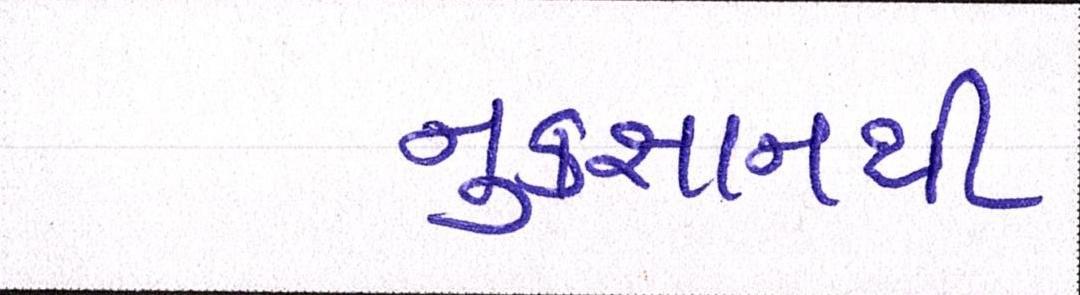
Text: નુકસાનથી